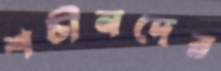
শচীনদের